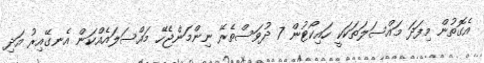
އެގޮތުން މިފަދަ މައްސަލަތަކަކީ ހައިކޯޓުން 7 ދުވަސްތެރޭ ނިންމަންޖެހޭ މައްސަލައެއްކަން އެނގޭއިރު އަދި